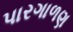
પારગાળણ